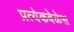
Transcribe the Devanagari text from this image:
प्रत्येकवेळेस